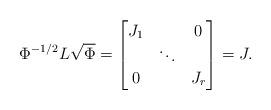
LaTeX: \begin{align*} \Phi^{-1/2} L \sqrt{\Phi} = \begin{bmatrix} J_1 & & 0 \\ & \ddots & \\ 0 & & J_r \end{bmatrix}= J. \end{align*}